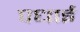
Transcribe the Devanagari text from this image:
पधाई